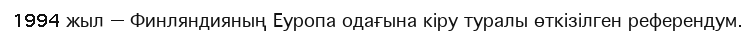
1994 жыл — Финляндияның Еуропа одағына кіру туралы өткізілген референдум.